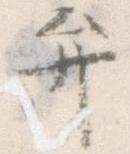
弁